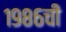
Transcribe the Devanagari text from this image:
१९८६ची